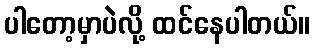
ပါတော့မှာပဲလို့ ထင်နေပါတယ်။